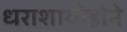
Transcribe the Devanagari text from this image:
धराशायीहोने